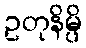
ဥတုနိမ္ပိ